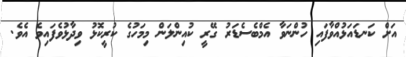
އަށް ކަނޑައަޅުއްވާފައި ހުންނަވާ އެމްބެސެޑަރު ގޭރީ ކުއިންލަން މިމަހުގެ ކުރީކޮޅު ވިދާޅުވެފައިވެ އެވެ.